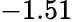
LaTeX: -1.51